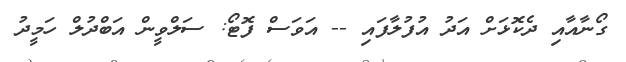
ގޯނާއާއި ދެކޮޅަށް އަދު އުފުލާފައި -- އަވަސް ފޮޓޯ: ސަލްވީން އަބްދުލް ހަމީދު